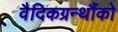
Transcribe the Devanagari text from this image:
वैदिकग्रन्थौंको